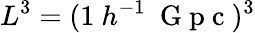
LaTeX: L^{3}=(1\ h^{-1}\ \mathrm{~G~p~c~})^{3}